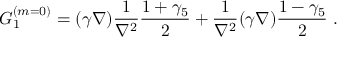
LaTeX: G _ { 1 } ^ { ( m = 0 ) } = ( \gamma \nabla ) \frac { 1 } { \nabla ^ { 2 } } \frac { 1 + \gamma _ { 5 } } { 2 } + \frac { 1 } { \nabla ^ { 2 } } ( \gamma \nabla ) \frac { 1 - \gamma _ { 5 } } { 2 } ~ .